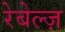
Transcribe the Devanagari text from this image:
रेबेल्ज़